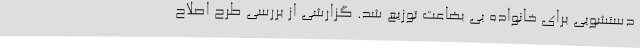
دستشویی برای خانواده بی بضاعت توزیع شد. گزارشی از بررسی طرح اصلاح